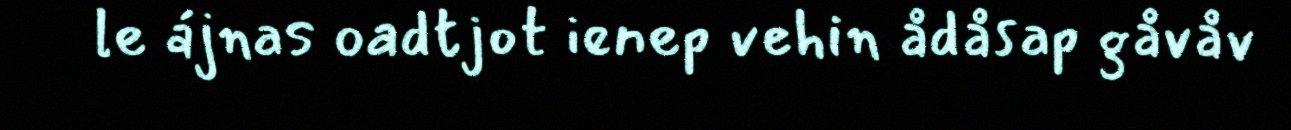
le ájnas oadtjot ienep vehin ådåsap gåvåv